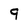
Character: 9